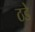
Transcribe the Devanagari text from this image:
ठडे